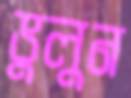
ভুলুন